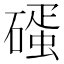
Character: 𥕨